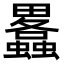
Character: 𤴂